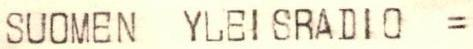
SUOMEN YLEISRADIO =